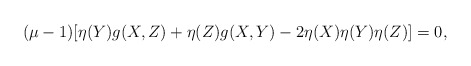
\begin{align*}(\mu-1)[\eta(Y)g(X,Z)+\eta(Z)g(X,Y)-2\eta(X)\eta(Y)\eta(Z)]=0,\end{align*}